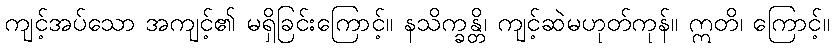
ကျင့်အပ်သော အကျင့်၏ မရှိခြင်းကြောင့်။ နသိက္ခန္တိ၊ ကျင့်ဆဲမဟုတ်ကုန်။ ဣတိ၊ ကြောင့်။